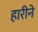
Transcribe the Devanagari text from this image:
हारीने